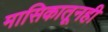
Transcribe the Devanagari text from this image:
मासिकातूनही